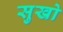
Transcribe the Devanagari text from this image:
सुखो